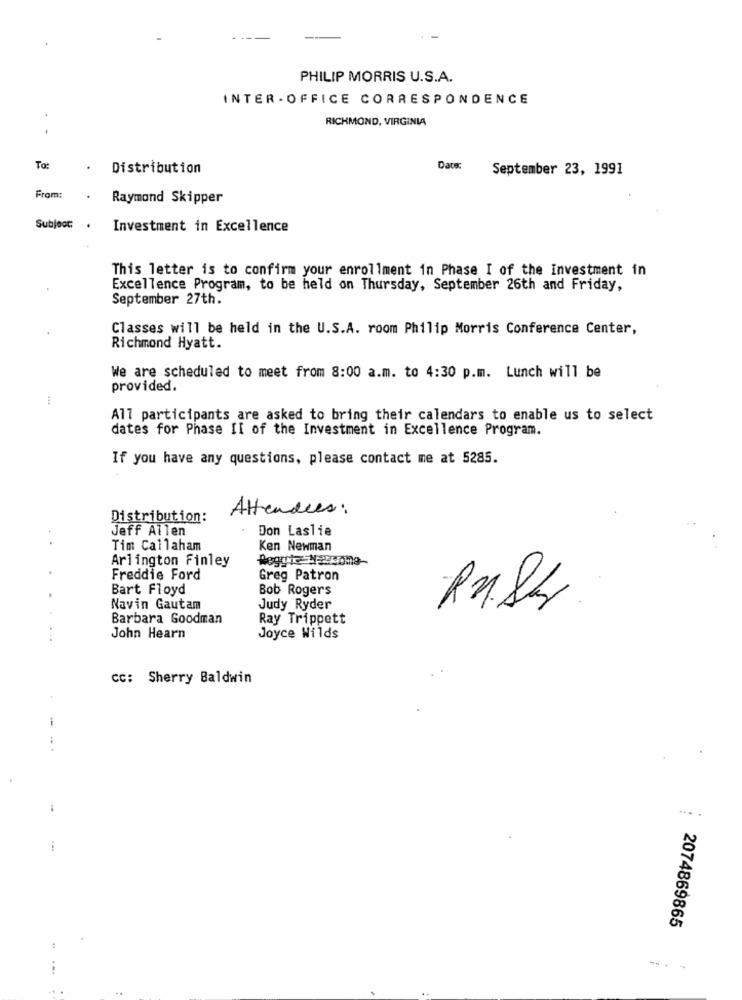
PHILIP MORRIS U.S.A.
INTER - OFFICE CORRESPONDENCE
RICHMOND, VIRGINIA
To:
Distribution
Dace:
September 23, 1991
From:
Raymond Skipper
Subject: .
Investment in Excellence
This letter is to confirm your enrollment in Phase I of the Investment in
Excellence Program, to be held on Thursday, September 26th and Friday,
September 27th.
Classes will be held in the U.S.A. room Philip Morris Conference Center,
Richmond Hyatt.
We are scheduled to meet from 8:00 a.m. to 4:30 p.m. Lunch will be
provided.
44.
All participants are asked to bring their calendars to enable us to select
dates for Phase II of the Investment in Excellence Program.
If you have any questions, please contact me at 5285.
Attendees:
Distribution:
Jeff Allen
Don Laslie
Tim Callaham
Ken Newman
Arlington Finley
Freddie Ford
Greg Patron
Bart Floyd
Bob Rogers
RMS4
Navin Gautam
Judy Ryder
Barbara Goodman
Ray Trippett
John Hearn
Joyce Wilds
cc: Sherry Baldwin
-
... .
2074869865
---